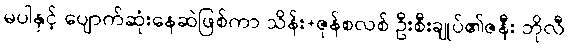
မပါနှင့် ပျောက်ဆုံးနေဆဲဖြစ်ကာ သိန်း+ဇုန်စလစ် ဦးစီးချုပ်၏ဇနီး ဘိုလီ